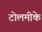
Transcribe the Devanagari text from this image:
टोलमीके